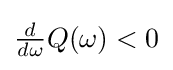
{\textstyle {\frac {d}{d\omega }}Q(\omega )<0}